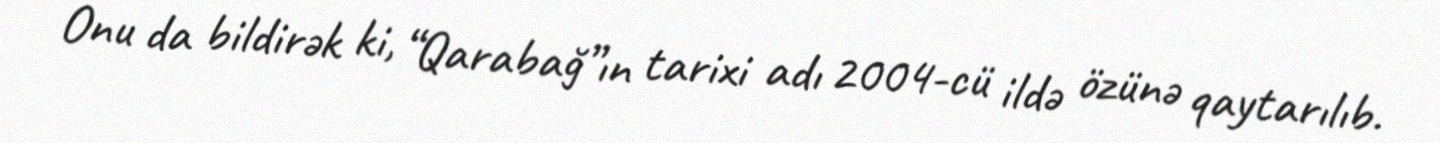
Onu da bildirək ki, “Qarabağ”ın tarixi adı 2004-cü ildə özünə qaytarılıb.